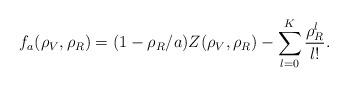
LaTeX: \begin{align*}f_a(\rho_V, \rho_R) = (1-\rho_R/a) Z(\rho_V, \rho_R) - \sum\limits_{l=0}^K \frac{\rho_R^l}{l!}.\end{align*}